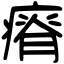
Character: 瘠